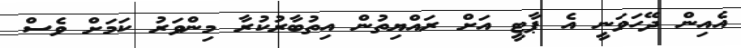
އެއިން ދޭހަވަނީ އެ ޕާޓީ އަށް ރައްޔިތުން އިތުބާރުކުރާ މިންވަރު ކަމަށް ވެސް